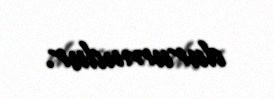
durumudur.